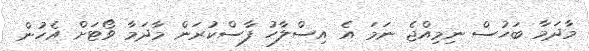
މާދަމާ ބަހުސް ނިމިއްޖެ ނަމަ އެ އިސްލާހު ފާސްކުރަން މާދަމާ ވޯޓަށް އެހުން